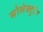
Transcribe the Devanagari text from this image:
सोलेक्ट्रॉन